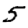
Digit: 5